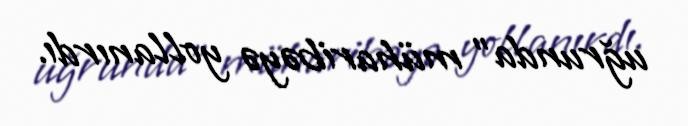
uğrunda” müharibəyə yollanırdı.